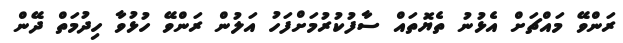
ރަންވޭ މައްޗަށް އެޅުނު ތެޔޮތައް ސާފުކުރުމަށްފަހު އަލުން ރަންވޭ ހުޅުވާ ހިދުމަތް ދޭން